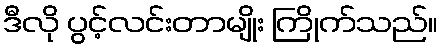
ဒီလို ပွင့်လင်းတာမျိုး ကြိုက်သည်။